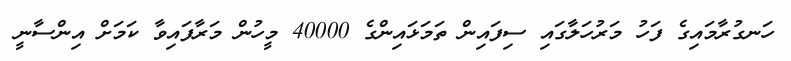
ހަނގުރާމައިގެ ފަހު މަރުހަލާގައި ސިފައިން ތަމަޅައިންގެ 40000 މީހުން މަރާފައިވާ ކަމަށް އިންސާނީ